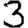
Digit: 3